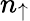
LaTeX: n_{\uparrow}